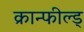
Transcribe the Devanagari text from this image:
क्रान्फील्ड्